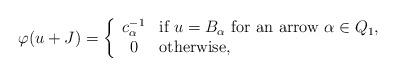
LaTeX: \begin{align*} \varphi (u+J) = \left\{ \begin{array}{cl} c^{-1}_{\alpha} & \mbox{if $u=B_{\alpha}$ for an arrow $\alpha \in Q_1$},\\ 0 & \mbox{otherwise},\\ \end{array} \right.\end{align*}